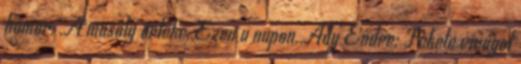
humor. ,A mosoly értéke.,Ezen a napon.,Ady Endre: Fekete virágot